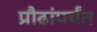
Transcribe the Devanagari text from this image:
प्रौढांपर्यंत